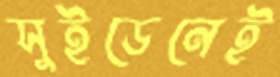
সুইডেনেই